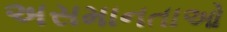
અસમાનતાઓ